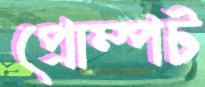
প্রোম্পট